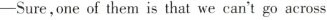
——-Sure,one of them is that we can't go across